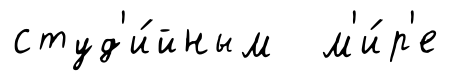
студ'и́йным м'и́р'е